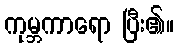
ကုမ္ဘကာရော ပြီး၏။